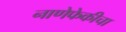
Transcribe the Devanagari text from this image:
नाणेफेकीचा